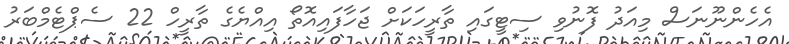
އެހެންނޫނަސް މިއަދު ފޮނުވި ސިޓީގައި ތާރީހަކަށް ޖަހާފައިއޮތޯ އިއްޔެގެ ތާރީހް 22 ސެޕްޓެމްބަރު